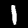
Digit: 1